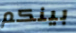
بينكم